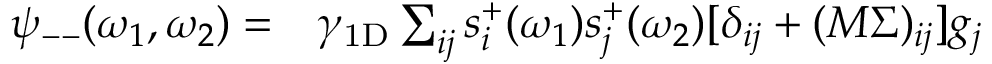
\begin{array} { r l } { \psi _ { -- } ( \omega _ { 1 } , \omega _ { 2 } ) = } & { { } \gamma _ { \mathrm { 1 D } } \sum _ { i j } s _ { i } ^ { + } ( \omega _ { 1 } ) s _ { j } ^ { + } ( \omega _ { 2 } ) [ \delta _ { i j } + ( M \Sigma ) _ { i j } ] g _ { j } } \end{array}